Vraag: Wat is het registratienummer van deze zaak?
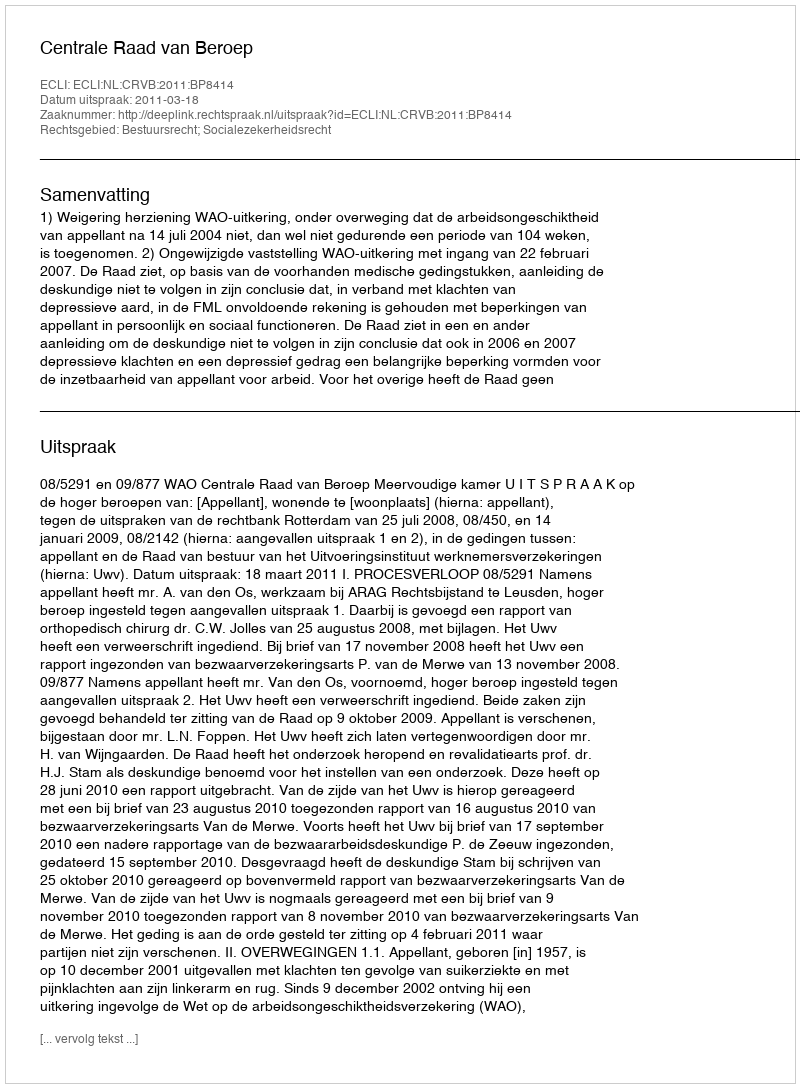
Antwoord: http://deeplink.rechtspraak.nl/uitspraak?id=ECLI:NL:CRVB:2011:BP8414